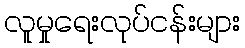
လူမှုရေးလုပ်ငန်းများ